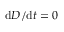
{ \mathrm { d } } D / { \mathrm { d } } t = 0